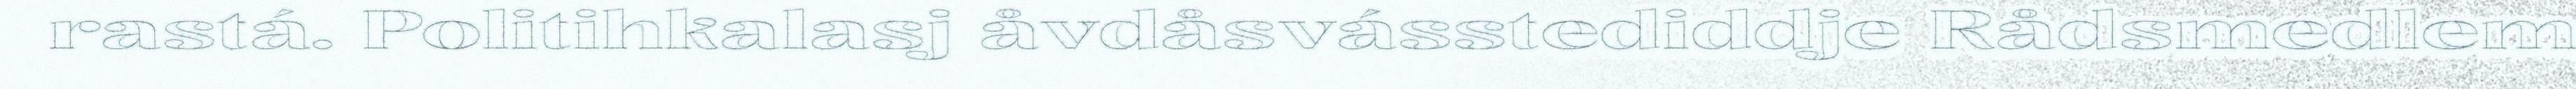
rastá. Politihkalasj åvdåsvásstediddje Rådsmedlem